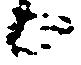
候